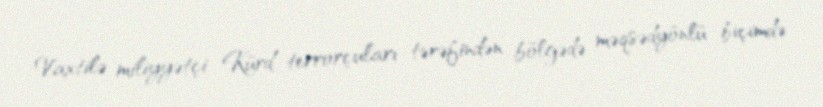
Vaxtilə miliyyətçi Kürd terrorçuları tərəfindən bölgədə məqsədyönlü biçimdə